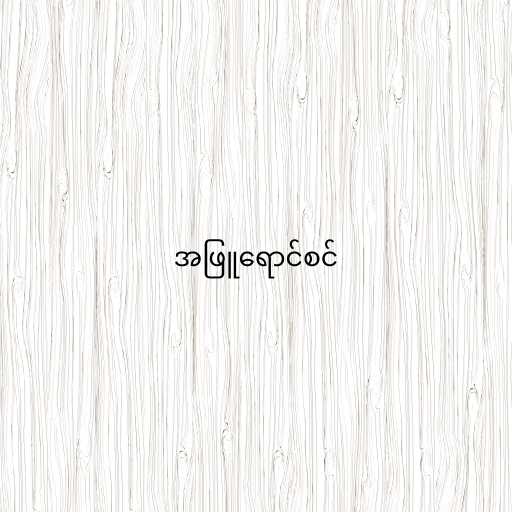
အဖြူရောင်စင်